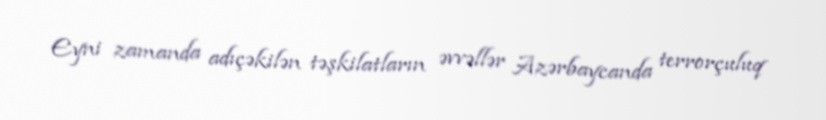
Eyni zamanda adıçəkilən təşkilatların əvvəllər Azərbaycanda terrorçuluq